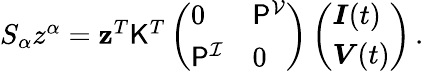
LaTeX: \begin{array}{r}{S_{\alpha}z^{\alpha}=\mathbf{z}^{T}\mathsf{K}^{T}\left(\begin{array}{ll}{0}&{\mathsf{P}^{\mathcal{V}}}\\ {\mathsf{P}^{\mathcal{I}}}&{0}\end{array}\right)\left(\begin{array}{l}{\boldsymbol{I}(t)}\\ {\boldsymbol{V}(t)}\end{array}\right)\, .}\end{array}